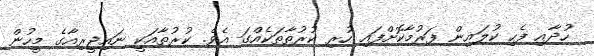
ހުދާއި ފެހި ކުލައިން ފަރުމާކޮށްފައި ހުރި ކުރުތާތަކެއްގަ އެވެ. ކުރުތާއަކީ ނައިޖީރިއާގެ މީހުން